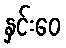
နှင်းဝေ